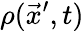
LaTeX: \rho(\vec{x}^{\prime},t)